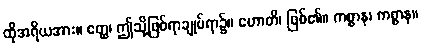
ထိုအရိယအား။ ဧတ္ထ၊ ဤသို့ဖြစ်ရာချုပ်ရာ၌။ ဟောတိ၊ ဖြစ်၏။ ကစ္စာန၊ ကစ္စာန။